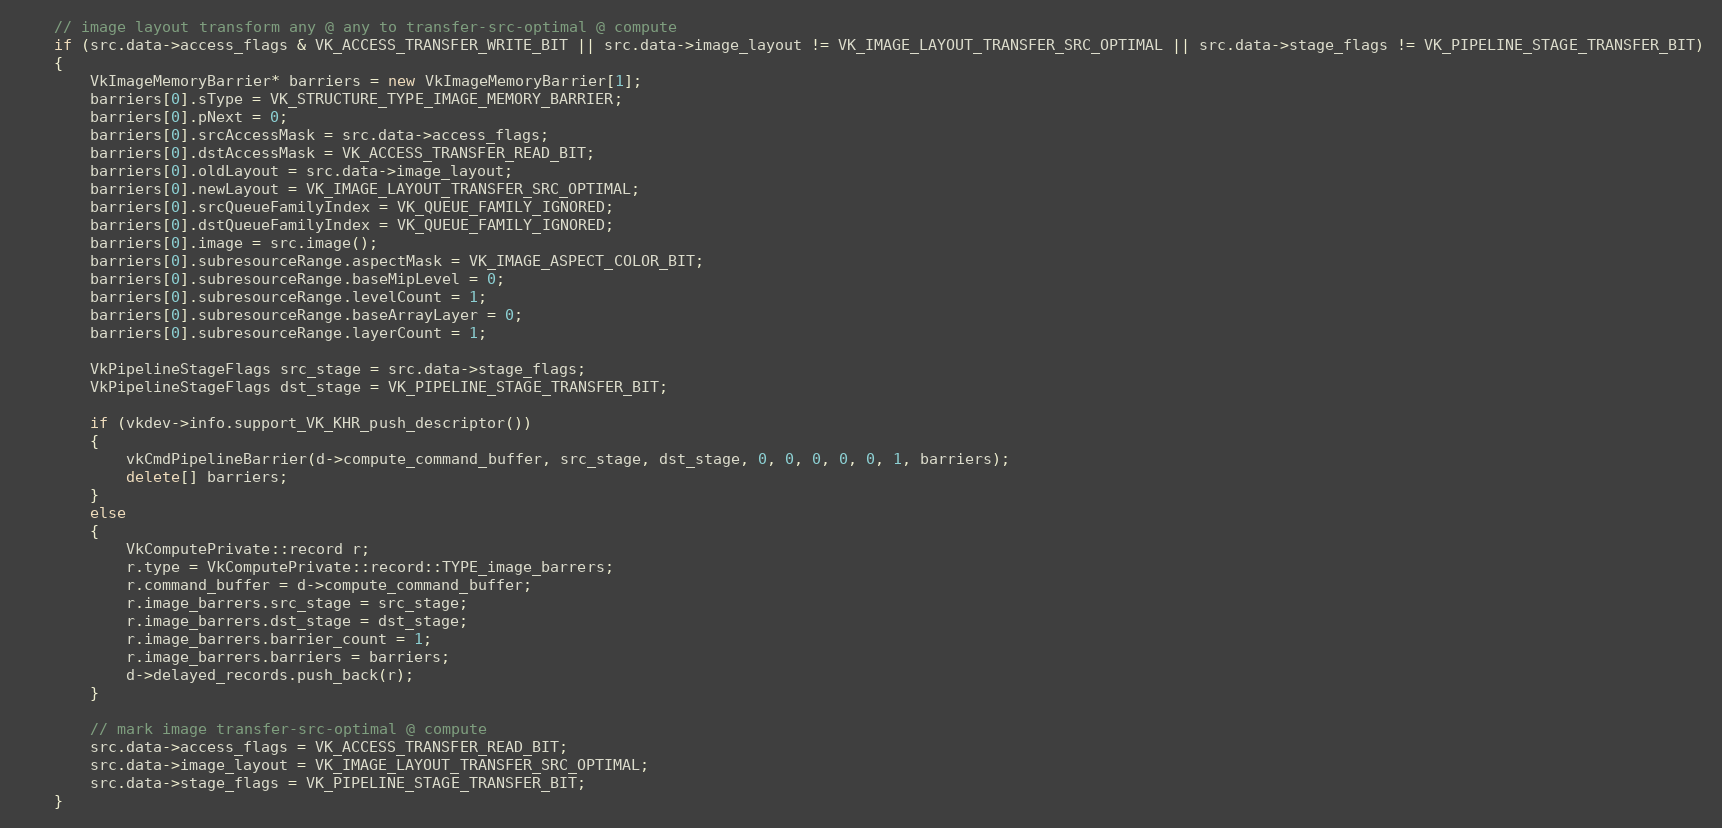
Language: C++
    // image layout transform any @ any to transfer-src-optimal @ compute
    if (src.data->access_flags & VK_ACCESS_TRANSFER_WRITE_BIT || src.data->image_layout != VK_IMAGE_LAYOUT_TRANSFER_SRC_OPTIMAL || src.data->stage_flags != VK_PIPELINE_STAGE_TRANSFER_BIT)
    {
        VkImageMemoryBarrier* barriers = new VkImageMemoryBarrier[1];
        barriers[0].sType = VK_STRUCTURE_TYPE_IMAGE_MEMORY_BARRIER;
        barriers[0].pNext = 0;
        barriers[0].srcAccessMask = src.data->access_flags;
        barriers[0].dstAccessMask = VK_ACCESS_TRANSFER_READ_BIT;
        barriers[0].oldLayout = src.data->image_layout;
        barriers[0].newLayout = VK_IMAGE_LAYOUT_TRANSFER_SRC_OPTIMAL;
        barriers[0].srcQueueFamilyIndex = VK_QUEUE_FAMILY_IGNORED;
        barriers[0].dstQueueFamilyIndex = VK_QUEUE_FAMILY_IGNORED;
        barriers[0].image = src.image();
        barriers[0].subresourceRange.aspectMask = VK_IMAGE_ASPECT_COLOR_BIT;
        barriers[0].subresourceRange.baseMipLevel = 0;
        barriers[0].subresourceRange.levelCount = 1;
        barriers[0].subresourceRange.baseArrayLayer = 0;
        barriers[0].subresourceRange.layerCount = 1;

        VkPipelineStageFlags src_stage = src.data->stage_flags;
        VkPipelineStageFlags dst_stage = VK_PIPELINE_STAGE_TRANSFER_BIT;

        if (vkdev->info.support_VK_KHR_push_descriptor())
        {
            vkCmdPipelineBarrier(d->compute_command_buffer, src_stage, dst_stage, 0, 0, 0, 0, 0, 1, barriers);
            delete[] barriers;
        }
        else
        {
            VkComputePrivate::record r;
            r.type = VkComputePrivate::record::TYPE_image_barrers;
            r.command_buffer = d->compute_command_buffer;
            r.image_barrers.src_stage = src_stage;
            r.image_barrers.dst_stage = dst_stage;
            r.image_barrers.barrier_count = 1;
            r.image_barrers.barriers = barriers;
            d->delayed_records.push_back(r);
        }

        // mark image transfer-src-optimal @ compute
        src.data->access_flags = VK_ACCESS_TRANSFER_READ_BIT;
        src.data->image_layout = VK_IMAGE_LAYOUT_TRANSFER_SRC_OPTIMAL;
        src.data->stage_flags = VK_PIPELINE_STAGE_TRANSFER_BIT;
    }